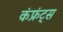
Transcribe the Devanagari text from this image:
कंफ्रंट्स